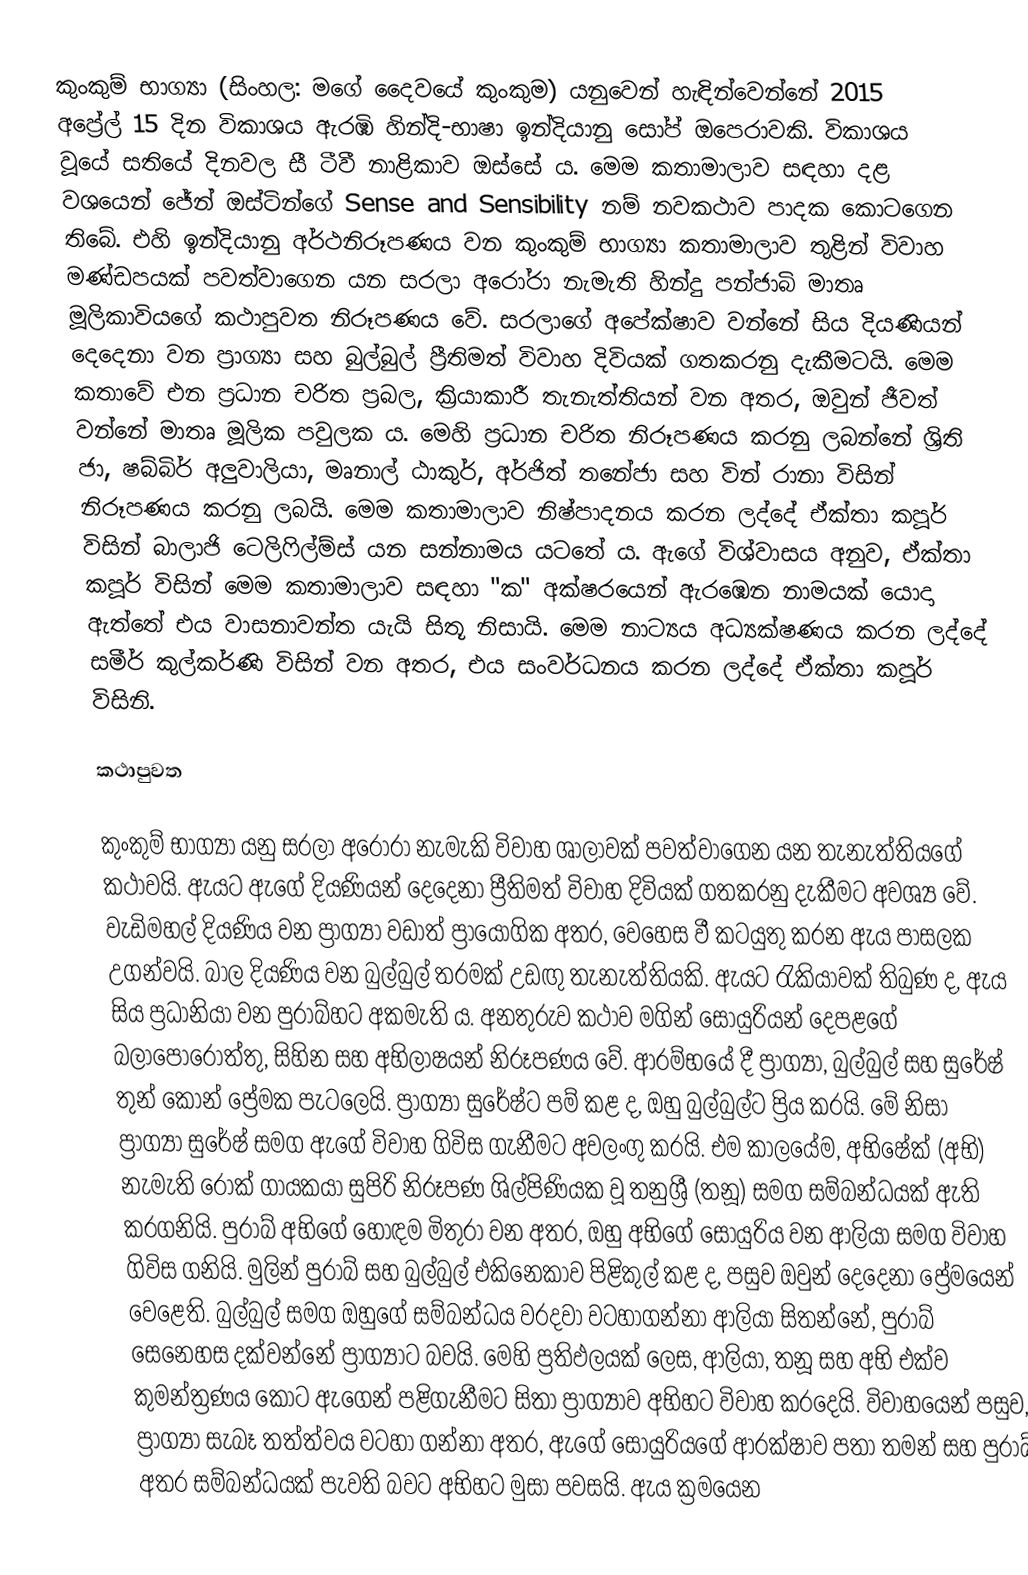
කුංකුම් භාග්‍යා (සිංහල: මගේ දෛවයේ කුංකුම) යනුවෙන් හැඳින්වෙන්නේ 2015 අප්‍රේල් 15 දින විකාශය ඇරඹි හින්දි-භාෂා ඉන්දියානු සෝප් ඔපෙරාවකි. විකාශය වූයේ සතියේ දිනවල සී ටීවී නාළිකාව ඔස්සේ ය. මෙම කතාමාලාව සඳහා දළ වශයෙන් ජේන් ඔස්ටින්ගේ Sense and Sensibility නම් නවකථාව පාදක කොටගෙන තිබේ. එහි ඉන්දියානු අර්ථනිරූපණය වන කුංකුම් භාග්‍යා කතාමාලාව තුළින් විවාහ මණ්ඩපයක් පවත්වාගෙන යන සරලා අරෝරා නැමැති හින්දු පන්ජාබි මාතෘ මූලිකාවියගේ කථාපුවත නිරූපණය වේ. සරලාගේ අපේක්ෂාව වන්නේ සිය දියණියන් දෙදෙනා වන ප්‍රාග්‍යා සහ බුල්බුල් ප්‍රීතිමත් විවාහ දිවියක් ගතකරනු දැකීමටයි. මෙම කතාවේ එන ප්‍රධාන චරිත ප්‍රබල, ක්‍රියාකාරී තැනැත්තියන් වන අතර, ඔවුන් ජීවත් වන්නේ මාතෘ මූලික පවුලක ය. මෙහි ප්‍රධාන චරිත නිරූපණය කරනු ලබන්නේ ශ්‍රිති ජා, ෂබ්බිර් අලුවාලියා, මෘනාල් ඨාකුර්, අර්ජිත් තනේජා සහ වින් රානා විසින් නිරූපණය කරනු ලබයි. මෙම කතාමාලාව නිෂ්පාදනය කරන ලද්දේ ඒක්තා කපූර් විසින් බාලාජි ටෙලිෆිල්ම්ස් යන සන්නාමය යටතේ ය. ඇගේ විශ්වාසය අනුව, ඒක්තා කපූර් විසින් මෙම කතාමාලාව සඳහා "ක" අක්ෂරයෙන් ඇරඹෙන නාමයක් යොදා ඇත්තේ එය වාසනාවන්ත යැයි සිතූ නිසායි. මෙම නාට්‍යය අධ්‍යක්ෂණය කරන ලද්දේ සමීර් කුල්කර්ණි විසින් වන අතර, එය සංවර්ධනය කරන ලද්දේ ඒක්තා කපූර් විසිනි.

කථාපුවත

කුංකුම් භාග්‍යා යනු සරලා අරෝරා නැමැකි විවාහ ශාලාවක් පවත්වාගෙන යන තැනැත්තියගේ කථාවයි. ඇයට ඇගේ දියණියන් දෙදෙනා ප්‍රීතිමත් විවාහ දිවියක් ගතකරනු දැකීමට අවශ්‍ය වේ. වැඩිමහල් දියණිය වන ප්‍රාග්‍යා වඩාත් ප්‍රායෝගික අතර, වෙහෙස වී කටයුතු කරන ඇය පාසලක උගන්වයි. බාල දියණිය වන බුල්බුල් තරමක් උඩඟු තැනැත්තියකි. ඇයට රැකියාවක් තිබුණ ද, ඇය සිය ප්‍රධානියා වන පුරාබ්හට අකමැති ය. අනතුරුව කථාව මගින් සොයුරියන් දෙපළගේ බලාපොරොත්තු, සිහින සහ අ‍භිලාෂයන් නිරූපණය වේ. ආරම්භයේ දී ප්‍රාග්‍යා, බුල්බුල් සහ සුරේෂ් තුන් කොන් ප්‍රේමක පැටලෙයි. ප්‍රාග්‍යා සුරේෂ්ට පම් කළ ද, ඔහු බුල්බුල්ට ප්‍රිය කරයි. මේ නිසා ප්‍රාග්‍යා සුරේෂ් සමග ඇගේ විවාහ ගිවිස ගැනීමට අවලංගු කරයි. එම කාලයේම, අභිෂේක් (අභි) නැමැති රොක් ගායකයා සුපිරි නිරූපණ ශිල්පිණියක වූ තනුශ්‍රී (තනූ) සමග සම්බන්ධයක් ඇති කරගනියි. පුරාබ් අභිගේ හොඳම මිතුරා වන අතර, ඔහු අභිගේ සොයුරිය වන ආලියා සමග විවාහ ගිවිස ගනියි. මුලින් පුරාබ් සහ බුල්බුල් එකිනෙකාව පිළිකුල් කළ ද, පසුව ඔවුන් දෙදෙනා ප්‍රේමයෙන් වෙළෙති. බුල්බුල් සමග ඔහුගේ සම්බන්ධය වරදවා වටහාගන්නා ආලියා සිතන්නේ, පුරාබ් සෙනෙහස දක්වන්නේ ප්‍රාග්‍යාට බවයි. මෙහි ප්‍රතිඵලයක් ලෙස, ආලියා, තනූ සහ අභි එක්ව කුමන්ත්‍රණය කොට ඇගෙන් පළිගැනීමට සිතා ප්‍රාග්‍යාව අභිහට විවාහ කරදෙයි. විවාහයෙන් පසුව, ප්‍රාග්‍යා සැබෑ තත්ත්වය වටහා ගන්නා අතර, ඇගේ සොයුරියගේ ආරක්ෂාව පතා තමන් සහ පුරාබ් අතර සම්බන්ධයක් පැවති බවට අභිහට මුසා පවසයි. ඇය ක්‍රමයෙන